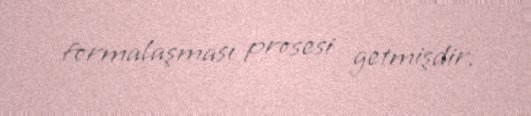
formalaşması prosesi getmişdir.